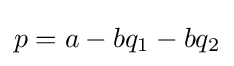
p=a-bq_{1}-bq_{2}